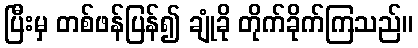
ပြီးမှ တစ်ဖန်ပြန်၍ ချုံခို တိုက်ခိုက်ကြသည်။